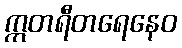
ဣတရီတရေနေဝ